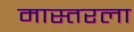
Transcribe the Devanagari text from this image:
मास्तरला